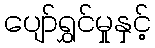
ပျော်ရွှင်မှုနှင့်